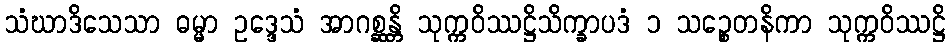
သံဃာဒိသေသာ ဓမ္မာ ဥဒ္ဒေသံ အာဂစ္ဆန္တိ သုက္ကဝိဿဋ္ဌိသိက္ခာပဒံ ၁ သဉ္စေတနိကာ သုက္ကဝိဿဋ္ဌိ